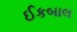
ઈકબાલ